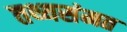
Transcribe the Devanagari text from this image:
तथ्यसंमत